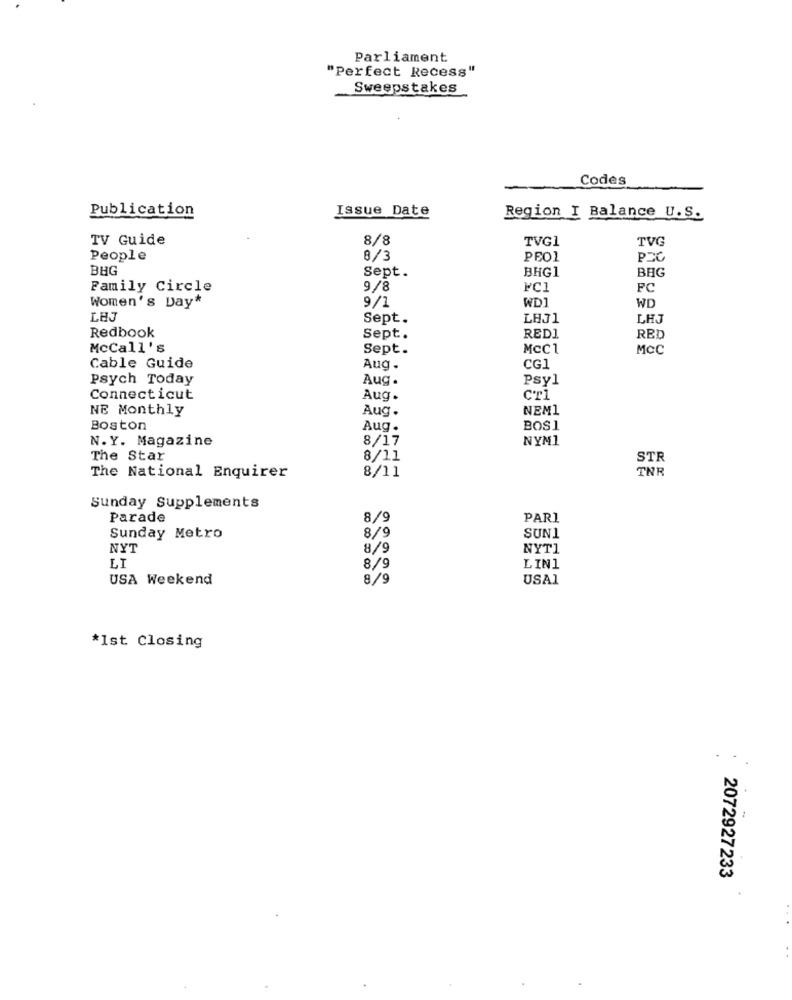
Parliament
"Perfect Recess"
Sweepstakes
Codes
Publication
Issue Date
Region I Balance U.S.
TV Guide
8/8
TVG1
TVG
People
8/3
PEO1
BHG
BHG1
BHG
Sept.
Family Circle
9/8
FC1
FC
WD1
WD
Women's Day*
9/1
LHJ
Sept.
LHJ1
LHJ
Redbook
Sept.
REDI
RED
McCall's
Sept.
McCl
MCC
Cable Guide
Aug .
CG1
Psych Today
Aug.
Psyl
Connecticut
Aug.
CT1
NE Monthly
Aug.
NEM1
Boston
Aug.
BOS
N.Y. Magazine
8/17
NYM1
The Star
8/11
STR
8/11
THR
The National Enquirer
Sunday Supplements
Parade
8/9
PARI
8/9
Sunday Metro
SUN1
NYT
8/9
NYT1
LI
8/9
LIN1
USA Weekend
8/9
USA1
*Ist Closing
2072927233